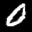
Label: 0